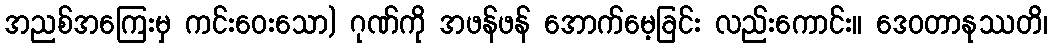
အညစ်အကြေးမှ ကင်းဝေးသော) ဂုဏ်ကို အဖန်ဖန် အောက်မေ့ခြင်း လည်းကောင်း။ ဒေဝတာနုဿတိ၊